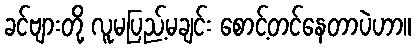
ခင်ဗျားတို့ လူမပြည့်မချင်း စောင့်တင်နေတာပဲဟာ။